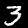
Label: 3